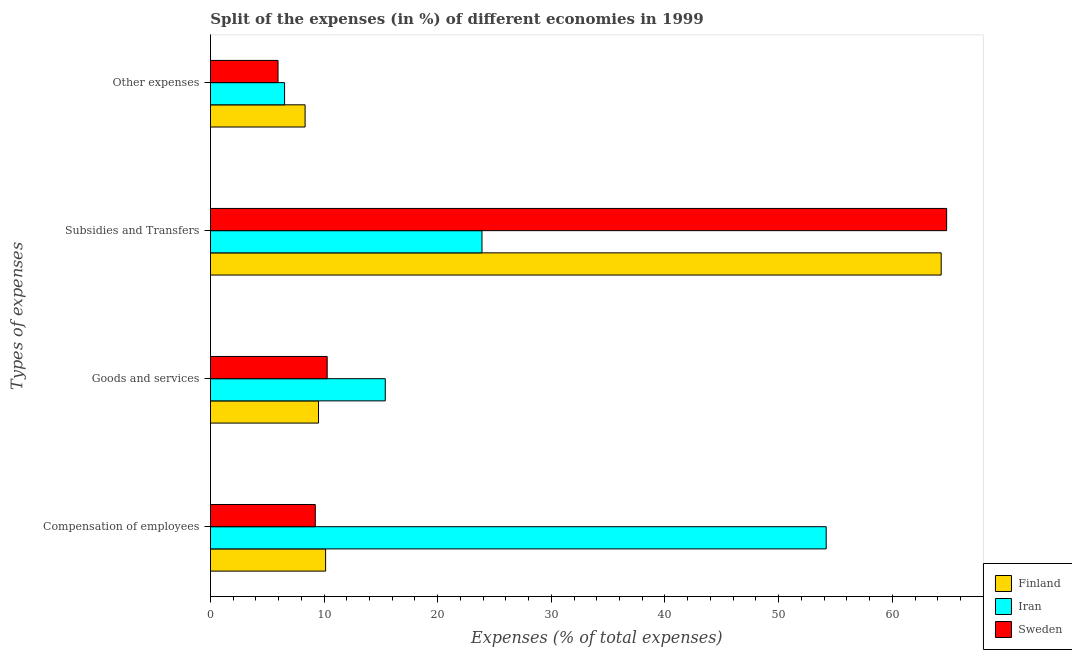
| Types of expenses | Finland | Iran | Sweden |
 | --- | --- | --- | --- |
 | Compensation of employees | 10.1 | 54.2 | 9.23 |
 | Goods and services | 9.51 | 15.4 | 10.3 |
 | Subsidies and Transfers | 64.3 | 23.9 | 64.8 |
 | Other expenses | 8.33 | 6.53 | 5.95 |